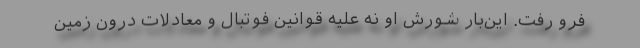
فرو رفت. این‌بار شورش او نه علیه قوانین فوتبال و معادلات درون زمین